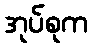
အုပ်စုက